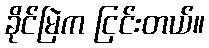
ခိုင်မြဲက ငြင်းတယ်။